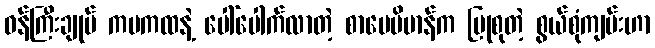
ဝန်ကြီးချုပ် ကမကထနဲ့ ပေါ်ပေါက်လာတဲ့ စာပေဗိမာန်က ပြုစုတဲ့ စွယ်စုံကျမ်းဟာ